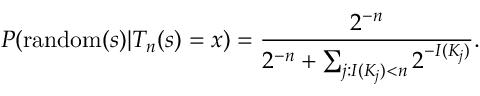
P ( \operatorname { r a n d o m } ( s ) | T _ { n } ( s ) = x ) = { \frac { 2 ^ { - n } } { 2 ^ { - n } + \sum _ { j : I ( K _ { j } ) < n } 2 ^ { - I ( K _ { j } ) } } } .